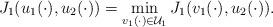
LaTeX: \begin{align*}J_1(u_1(\cdot),u_2(\cdot))=\min\limits_{v_1(\cdot)\in\mathcal{U}_1}J_1(v_1(\cdot),u_2(\cdot)).\end{align*}